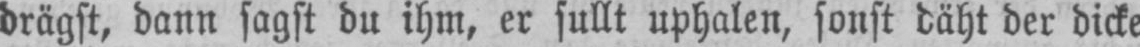
drägst, dann sagst du ihm, er sullt uphalen, sonst däht der dicke